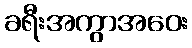
ခရီးအကွာအဝေး